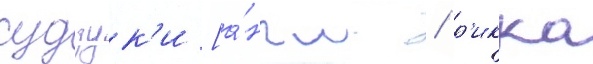
судзук'и [а́нгл. / р'икка